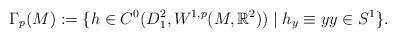
LaTeX: \begin{align*}\Gamma_p(M):=\{h\in C^0(D_1^2,W^{1,p}(M,\mathbb{R}^2))\mid h_y\equiv yy\in S^1\}.\end{align*}